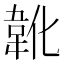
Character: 𲊢